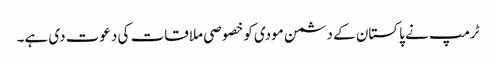
ٹرمپ نے پاکستان کے دشمن مودی کوخصوصی ملاقات کی دعوت دی ہے۔